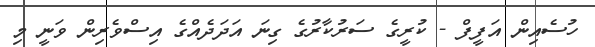
ހުސެއިން އަފީފް - ކުރީގެ ސަރުކާރުގެ ގިނަ އަދަދެއްގެ އިސްވެރިން ވަނީ މި